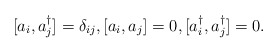
\begin{align*}[a_i,a_j^{\dagger}]=\delta_{ij},[a_i,a_j]=0,[a_i^{\dagger},a_{j}^{\dagger}]=0.\end{align*}